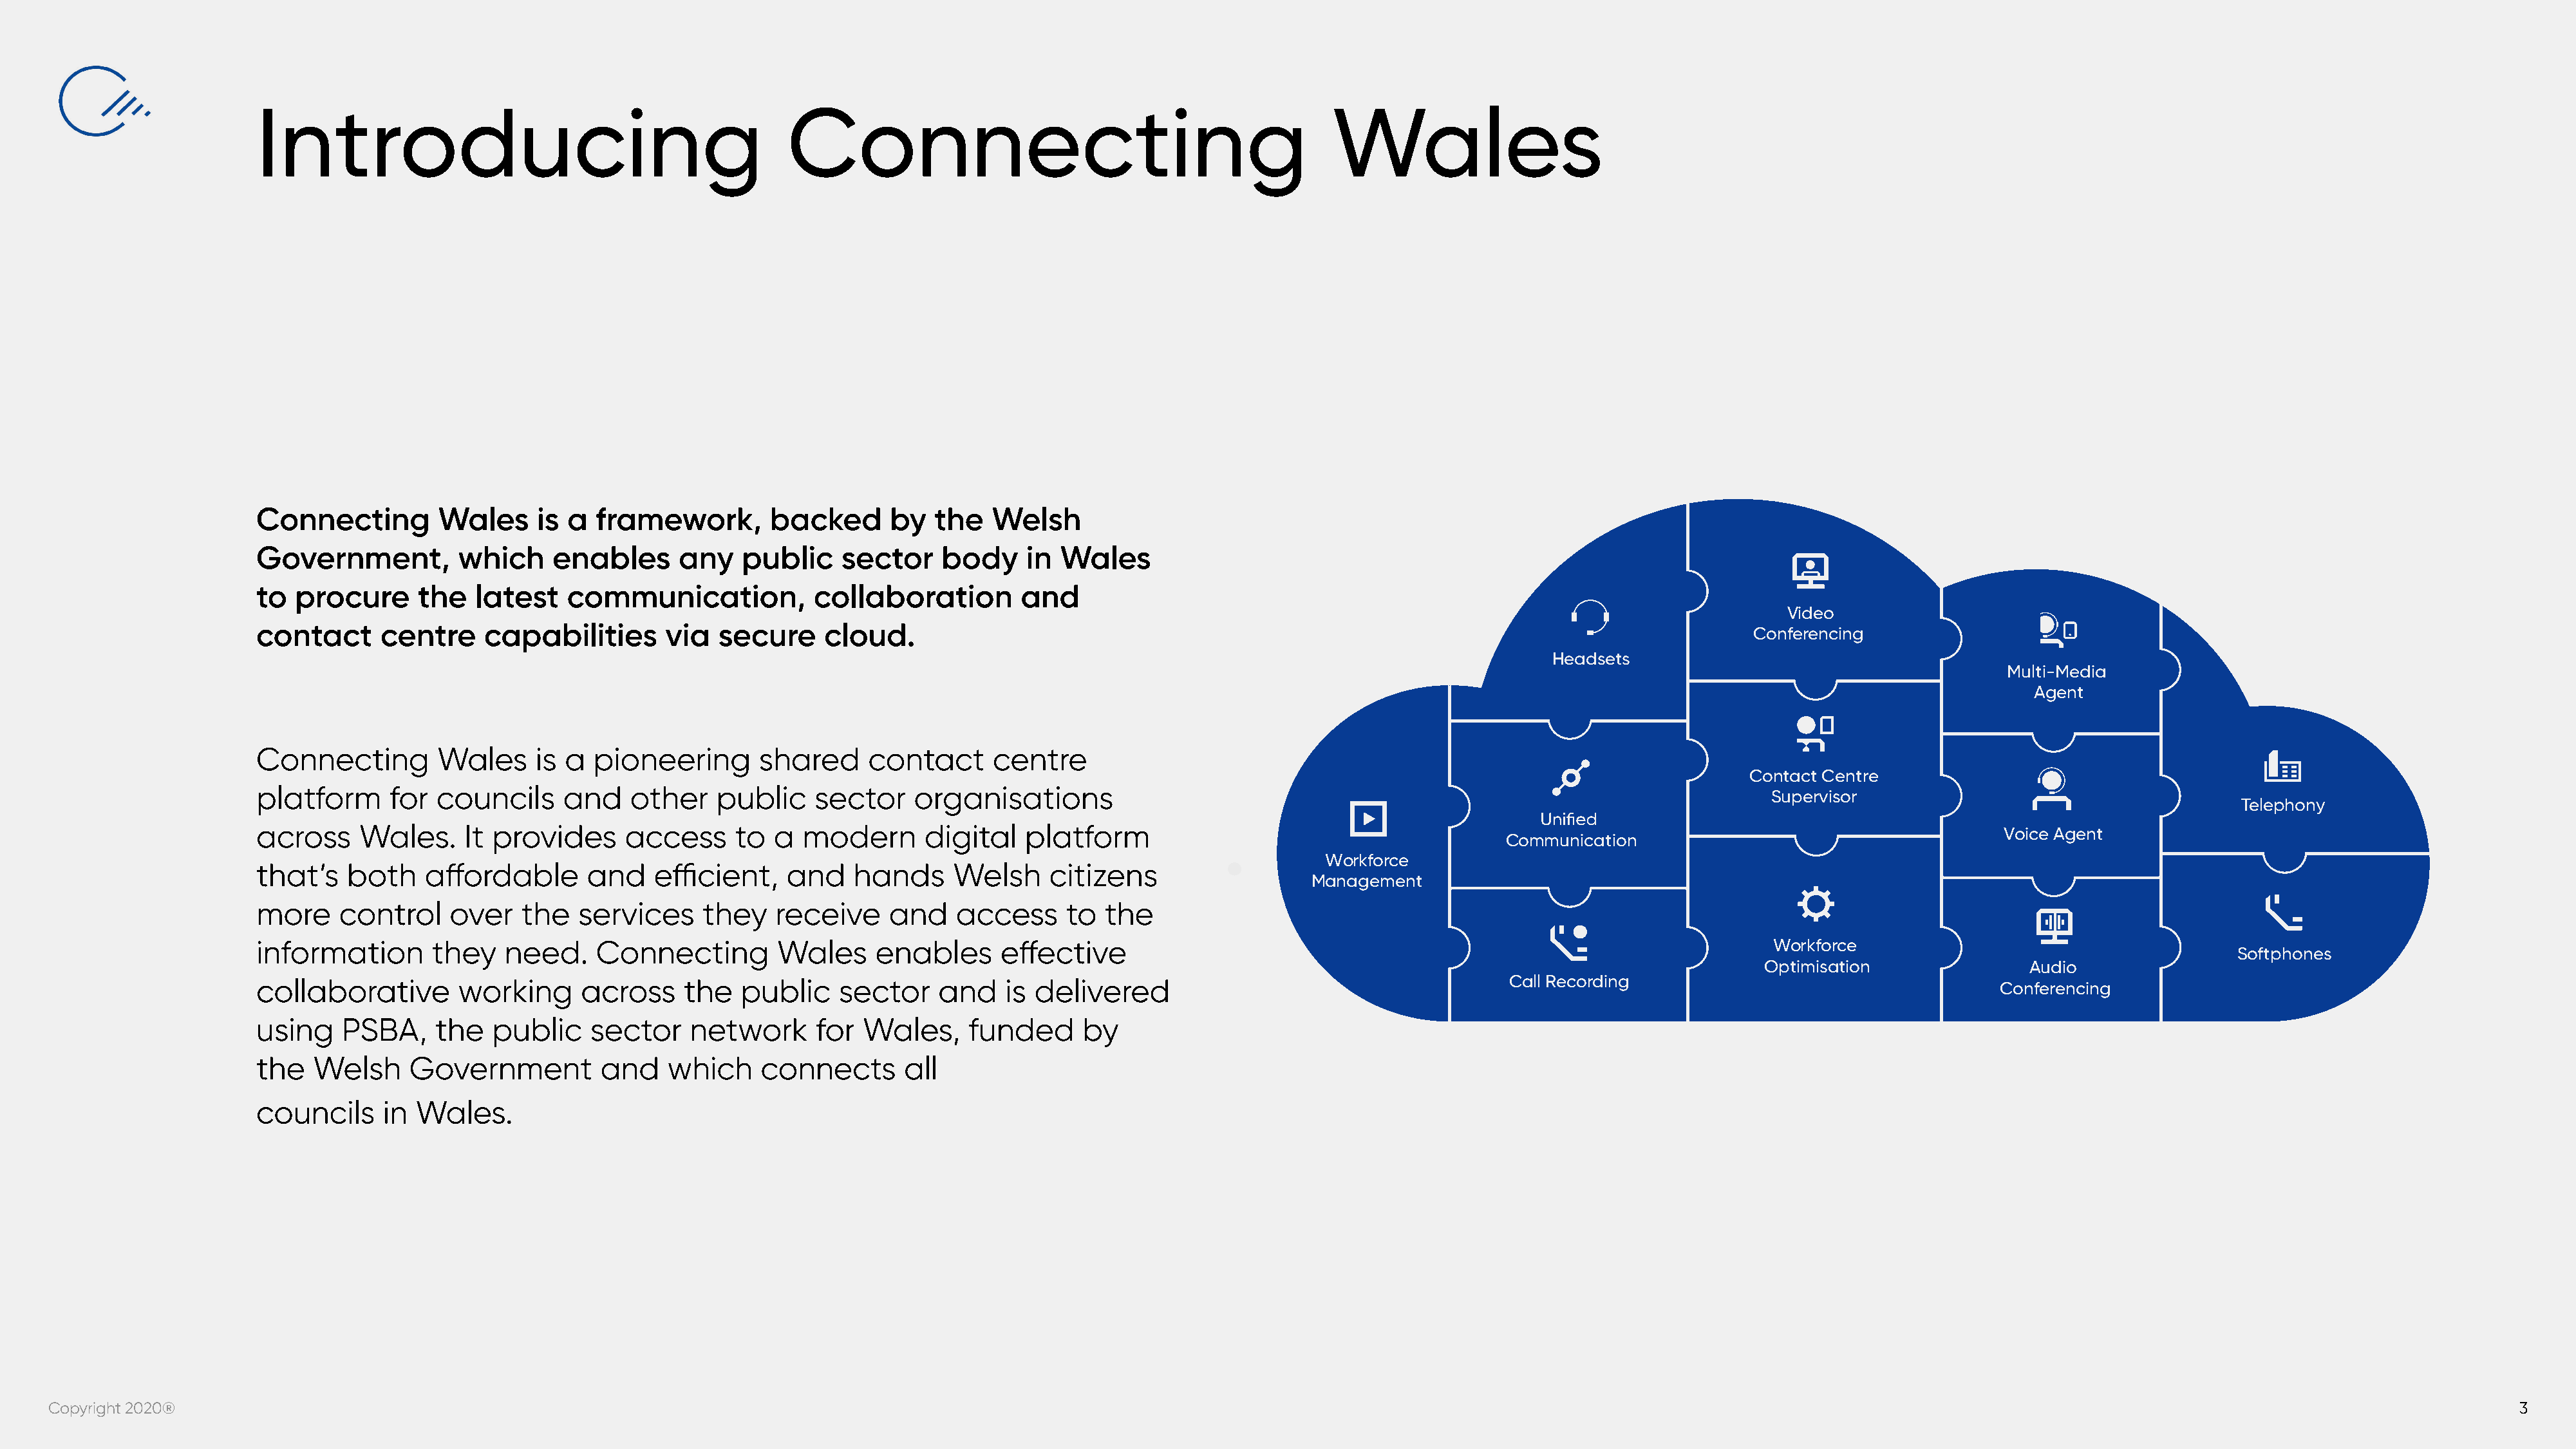
Introducing                                            Connecting                                              Wales
 Connecting         Wales     is a  framework,        backed      by   the   Welsh
 Government,          which     enables      any   public    sector     body    in  Wales
 to  procure      the   latest   communication,            collaboration        and
 Video
 contact      centre     capabilities      via   secure     cloud.
 Conferencing
 Headsets
 Multi-Media
 Agent
 Connecting         Wales     is a  pioneering       shared     contact      centre
 Contact Centre
 platform      for  councils     and    other    public    sector    organisations
 Supervisor
 Telephony
 across     Wales.     It provides     access      to  a modern       digital   platform                                                                                             Voice Agent
 Communication
 Workforce
 that’s    both    affordable      and    efficient,    and    hands     Welsh     citizens
 Management
 more     control    over    the  services     they    receive    and    access      to  the
 information       they    need.    Connecting         Wales     enables      effective                                                                      Workforce
 Softphones
 Optimisation                Audio
 collaborative        working      across    the   public    sector    and    is delivered                                        Call Recording                                     Conferencing
 using    PSBA,     the   public    sector    network      for  Wales,     funded     by
 the   Welsh     Government          and    which    connects       all
 councils     in  Wales.
 Copyright 2020®                                                                                                                                                                                                                                               3